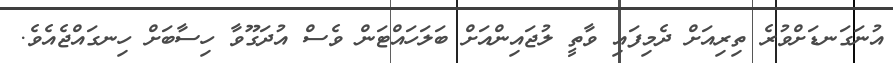
އުނަގަނޑަށްވުރެ ތިރިއަށް ދެމިފައި ވާތީ ލުޖައިންއަށް ބަލަހައްޓަން ވެސް އުދަގޫވާ ހިސާބަށް ހިނގައްޖެއެވެ.